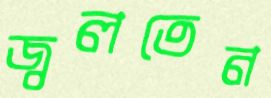
জ্বলতেন